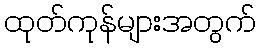
ထုတ်ကုန်များအတွက်